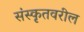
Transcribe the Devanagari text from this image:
संस्कृतवरील